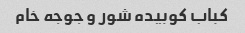
کباب کوبیده شور و جوجه خام